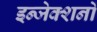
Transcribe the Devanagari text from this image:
इन्जेक्शनों